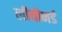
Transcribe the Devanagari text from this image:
लीयोनर्ड